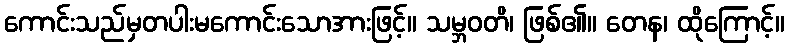
ကောင်းသည်မှတပါးမကောင်းသောအားဖြင့်။ သမ္ဘဝတိ၊ ဖြစ်၏။ တေန၊ ထိုကြောင့်။